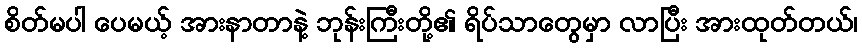
စိတ်မပါ ပေမယ့် အားနာတာနဲ့ ဘုန်းကြီးတို့၏ ရိပ်သာတွေမှာ လာပြီး အားထုတ်တယ်၊